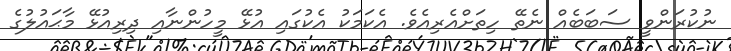
ނުކުރަންވީ ސަބަބެއް ނެތޭ ހިތަށްއެރިއެވެ. އެކަމަކު އެކުގައި އުޅޭ މީހުންނާއި ދިރިއުޅޭ މާޙައުލުގެ